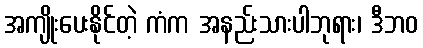
အကျိုးပေးနိုင်တဲ့ ကံက အနည်းသားပါဘုရား၊ ဒီဘဝ